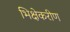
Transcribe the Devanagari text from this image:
भिक्षेकरीण